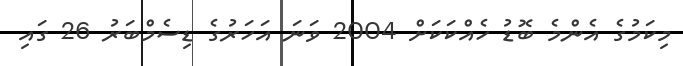
މިކަމުގެ އެންމެ ބޮޑު ހެއްކަކަށް 2004 ވަނަ އަހަރުގެ ޑިސެމްބަރު 26 ގައި